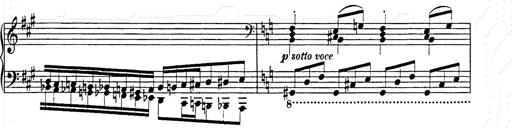
Title: Hungarian Rhapsody No.15
Composer: Franz Liszt
Key: A minor